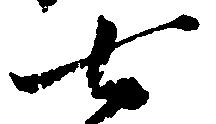
七